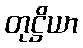
တုဋ္ဌိယာ